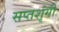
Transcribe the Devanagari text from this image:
सप्‍तशृंगी